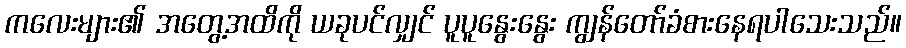
ကလေးများ၏ အတွေ့အထိကို ယခုပင်လျှင် ပူပူနွေးနွေး ကျွန်တော်ခံစားနေရပါသေးသည်။